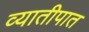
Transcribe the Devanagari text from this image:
व्यातीपात